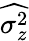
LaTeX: \widehat{\sigma_{z}^{2}}